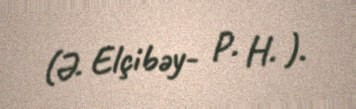
(Ə. Elçibəy- P. H. ).